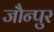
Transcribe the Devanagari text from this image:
जौन्पुर